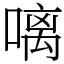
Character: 𠻗